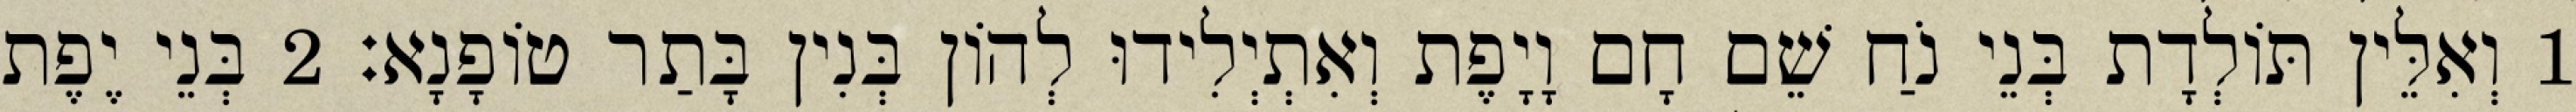
1 וְאִלֵּין תּוֹלְדָת בְּנֵי נֹחַ שֵׁם חָם וָיָפֶת וְאִתְיְלִידוּ לְהוֹן בְּנִין בָּתַר טוֹפָנָא׃ 2 בְּנֵי יֶפֶת